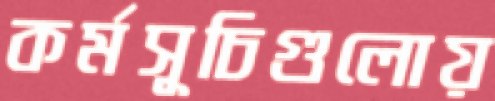
কর্মসূচিগুলোয়